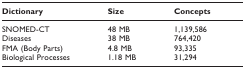
| Dictionary | Size | Concepts |
 | --- | --- | --- |
 | SNOMED-CT | 48 MB | 1,139,586 |
 | Diseases | 38 MB | 764,420 |
 | FMA (Body Parts) | 4.8 MB | 93,335 |
 | Biological Processes | 1.18 MB | 31,294 |